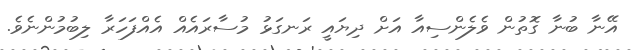
އޭނާ ބުނާ ގޮތުން ވެލެންސިއާ އަށް ދިޔައީ ރަނގަޅު މުސާރައެއް އެއްފަހަރާ ލިބުމުންނެވެ.